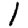
Digit: 1